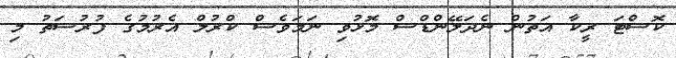
ކޮސްޓަ ރީކާ އަތުން ނެދަލޭންޑްސް މޮޅުވި ނަމަވެސް ކްރުލް އެރުމުގެ ފުރުސަތު މި